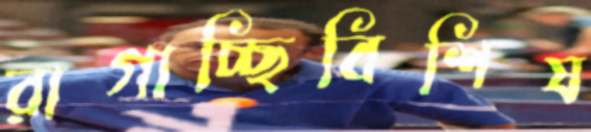
রাগাচ্ছিবিশিষ